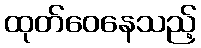
ထုတ်ဝေနေသည့်